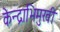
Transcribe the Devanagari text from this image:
केन्द्राभिमुखी